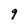
Character: 9